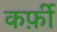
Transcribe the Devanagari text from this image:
कर्फ़ी